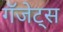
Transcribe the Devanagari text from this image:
गॅजेट्स